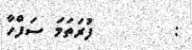
:        ފުރަތަމަ ސަފްހާ